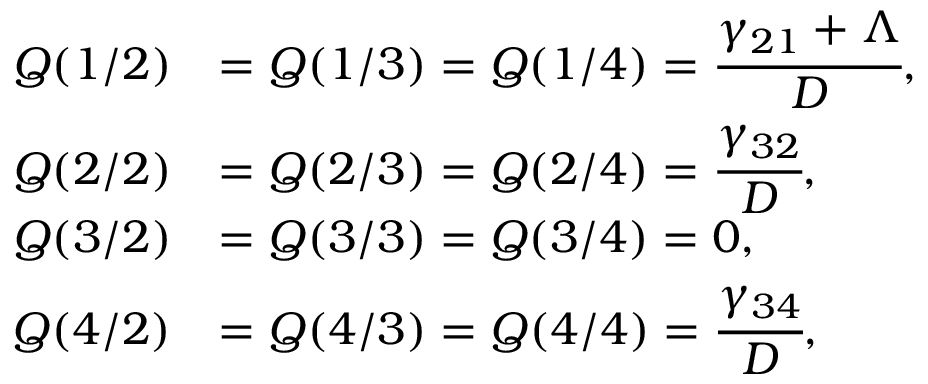
\begin{array} { r l } { Q ( 1 / 2 ) } & { = Q ( 1 / 3 ) = Q ( 1 / 4 ) = \cfrac { \gamma _ { 2 1 } + \Lambda } { D } , } \\ { Q ( 2 / 2 ) } & { = Q ( 2 / 3 ) = Q ( 2 / 4 ) = \cfrac { \gamma _ { 3 2 } } { D } , } \\ { Q ( 3 / 2 ) } & { = Q ( 3 / 3 ) = Q ( 3 / 4 ) = 0 , } \\ { Q ( 4 / 2 ) } & { = Q ( 4 / 3 ) = Q ( 4 / 4 ) = \cfrac { \gamma _ { 3 4 } } { D } , } \end{array}